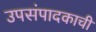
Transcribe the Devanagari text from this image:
उपसंपादकाची